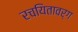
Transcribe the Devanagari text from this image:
रचयितावर्ग